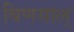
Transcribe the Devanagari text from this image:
बिणयाल्